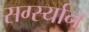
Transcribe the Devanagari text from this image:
सर्ग्स्यान